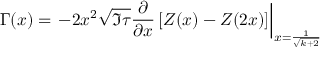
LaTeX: \Gamma ( x ) = \left. - 2 x ^ { 2 } \sqrt { \Im \tau } \frac { \partial } { \partial x } \left[ Z ( x ) - Z ( 2 x ) \right] \right| _ { x = \frac { 1 } { \sqrt { k + 2 } } }